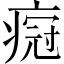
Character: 𬏸